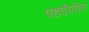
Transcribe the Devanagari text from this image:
पडवीतील